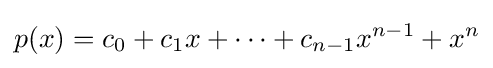
p(x)=c_{0}+c_{1}x+\cdots +c_{n-1}x^{n-1}+x^{n}